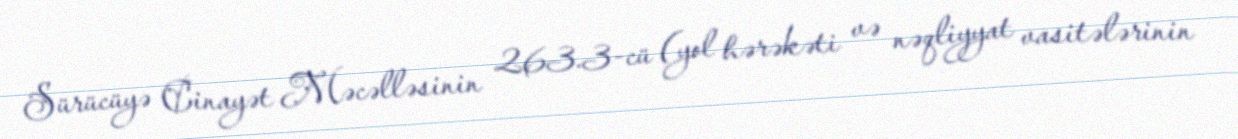
Sürücüyə Cinayət Məcəlləsinin 263.3-cü (yol hərəkəti və nəqliyyat vasitələrinin